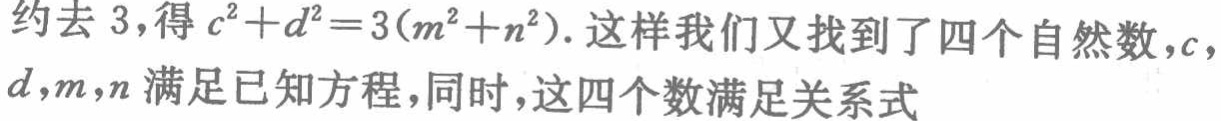
约去 3，得 \(c^{2}+d^{2}=3(m^{2}+n^{2})\). 这样我们又找到了四个自然数，\(c\)，\(d\)，\(m\)，\(n\)满足已知方程，同时，这四个数满足关系式